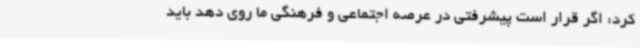
کرد: اگر قرار است پیشرفتی در عرصه اجتماعی و فرهنگی ما روی دهد باید